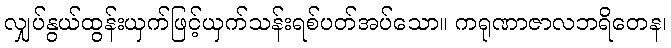
လျှပ်နွယ်ထွန်းယှက်ဖြင့်ယှက်သန်းရစ်ပတ်အပ်သော။ ကရုဏာဇာလဘရိတေန၊